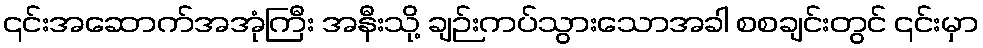
၎င်းအဆောက်အအုံကြီး အနီးသို့ ချဉ်းကပ်သွားသောအခါ စစချင်းတွင် ၎င်းမှာ